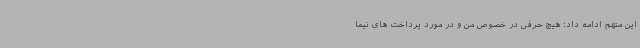
این متهم ادامه داد: هیچ حرفی در خصوص من و در مورد پرداخت های نیما